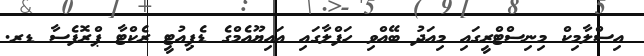
އިސްލާމިކް މިނިސްޓްރީގައި މިއަދު ބޭއްވި ހަފްލާގައި އައިޔޫއެމްގެ ޑެޕިއުޓީ ރެކްޓާ ޕްރޮފެސާ ޑރ.